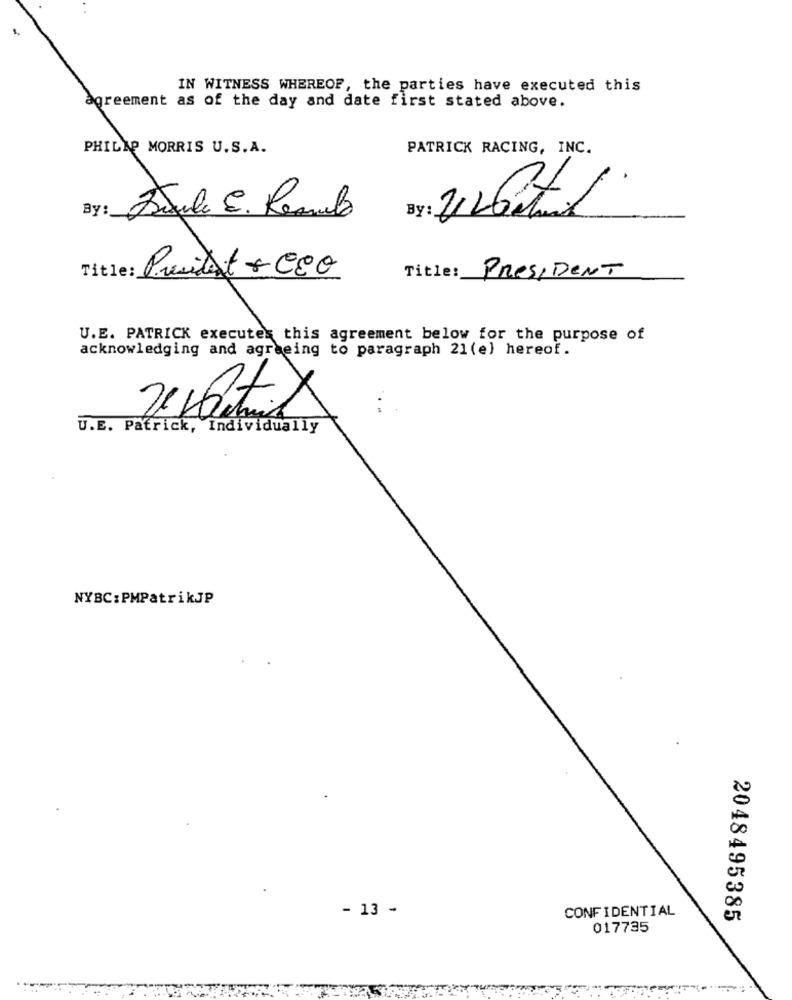
IN WITNESS WHEREOF, the parties have executed this
agreement as of the day and date first stated above.
PHILIP MORRIS U. S.A.
PATRICK RACING, INC.
By:
By: 21.
DaJuli E. Remula
: Pruitt + Cão
Title:
PRESIDENT
U.E. PATRICK executes this agreement below for the purpose of
acknowledging and agreeing to paragraph 21 (e) hereof.
U.E. Patrick, Individually
NYBC:PMPatrikJP
- 13 -
CONFIDENTIAL
2048495385
017735